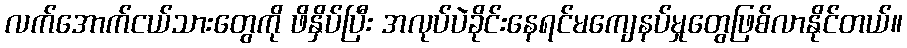
လက်အောက်ငယ်သားတွေကို ဖိနှိပ်ပြီး အလုပ်ပဲခိုင်းနေရင်မကျေနပ်မှုတွေဖြစ်လာနိုင်တယ်။